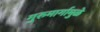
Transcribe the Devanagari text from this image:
गुरुमार्गामुळे